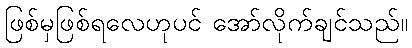
ဖြစ်မှဖြစ်ရလေဟုပင် အော်လိုက်ချင်သည်။